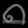
Digit: ၈